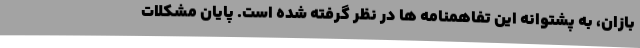
بازان، به پشتوانه این تفاهمنامه ها در نظر گرفته شده است. پایان مشکلات